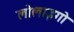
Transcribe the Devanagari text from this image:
लोलाइगो